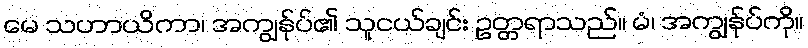
မေ သဟာယိကာ၊ အကျွန်ုပ်၏ သူငယ်ချင်း ဥတ္တရာသည်။ မံ၊ အကျွန်ုပ်ကို။